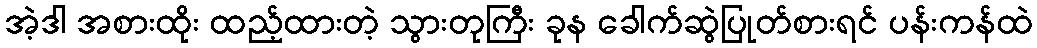
အဲ့ဒါ အစားထိုး ထည့်ထားတဲ့ သွားတုကြီး ခုန ခေါက်ဆွဲပြုတ်စားရင် ပန်းကန်ထဲ